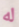
له